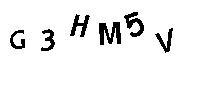
G3HM5V